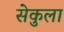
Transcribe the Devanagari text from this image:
सेकुला